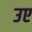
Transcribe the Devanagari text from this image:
उए